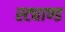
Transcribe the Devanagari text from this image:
स्ट्याण्ड